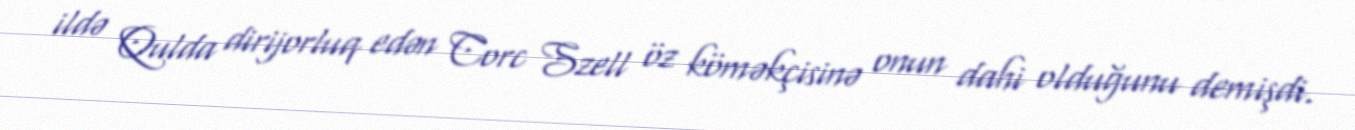
ildə Qulda dirijorluq edən Corc Szell öz köməkçisinə onun dahi olduğunu demişdi.